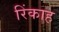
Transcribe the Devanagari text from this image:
रिंकाह